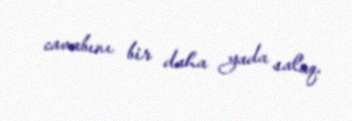
cavabını bir daha yada salaq.